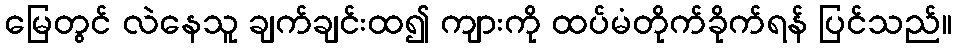
မြေတွင် လဲနေသူ ချက်ချင်းထ၍ ကျားကို ထပ်မံတိုက်ခိုက်ရန် ပြင်သည်။